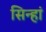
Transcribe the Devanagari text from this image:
सिन्हां